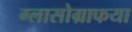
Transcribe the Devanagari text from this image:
ग्लासोग्राफया